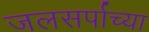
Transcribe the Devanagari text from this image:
जलसर्पाच्या